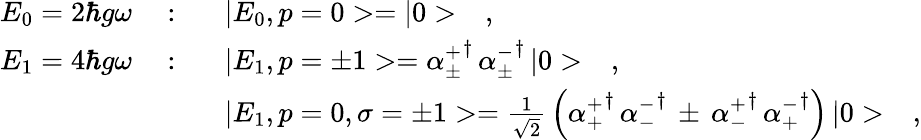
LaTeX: \begin{array}{rcl}{{E_{0}=2\hbar g\omega\ }}&{{:}}&{{\ \ \ |E_{0},p=0>=|0>\ \ \ ,}}\\ {{E_{1}=4\hbar g\omega\ }}&{{:}}&{{\ \ \ |E_{1},p=\pm 1>={\alpha_{\pm}^{+}}^{\dagger}\, {\alpha_{\pm}^{-}}^{\dagger}\, |0>\ \ \ ,}}\\ {{}}&{{}}&{{\ \ \ |E_{1},p=0,\sigma=\pm 1>=\frac{1}{\sqrt{2}}\, \left({\alpha_{+}^{+}}^{\dagger}\, {\alpha_{-}^{-}}^{\dagger}\, \pm\, {\alpha_{-}^{+}}^{\dagger}\, {\alpha_{+}^{-}}^{\dagger}\right)\, |0>\ \ \ ,}}\end{array}